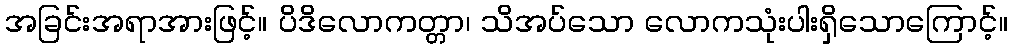
အခြင်းအရာအားဖြင့်။ ပိဒိလောကတ္တာ၊ သိအပ်သော လောကသုံးပါးရှိသောကြောင့်။